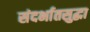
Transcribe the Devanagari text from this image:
संदर्भातसुद्धा